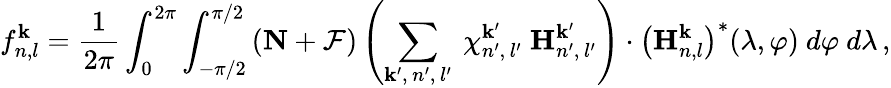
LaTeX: f_{n,l}^{\mathbf{k}}=\frac{{1}}{{2\pi}}\int_{0}^{2\pi}\int_{-\pi/2}^{\pi/2}\left(\textbf{{N}}+\mathcal{{F}}\right)\left(\sum_{\mathbf{k}^{\prime},\, n^{\prime},\, l^{\prime}}\ \chi_{n^{\prime},\, l^{\prime}}^{\mathbf{k}^{\prime}}\ \textbf{{H}}_{n^{\prime},\, l^{\prime}}^{\mathbf{k}^{\prime}}\right)\cdot\left(\textbf{{H}}_{n,l}^{\mathbf{k}}\right)^{*}(\lambda,\varphi)\ d\varphi\ d\lambda\, ,